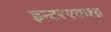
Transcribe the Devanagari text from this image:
इन्टरएकश्ग्न